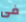
فى